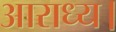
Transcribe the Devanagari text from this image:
आराध्य।